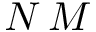
N \, M